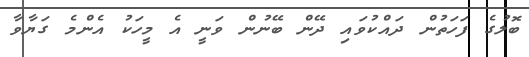
ބޮލުގެ ފަހަތުން ދައްކުވައި ދޭން ބޭނުން ވަނީ އެ މީހަކު އެންމެ ގަޔާވާ